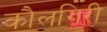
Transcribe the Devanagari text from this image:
कौलगिरी